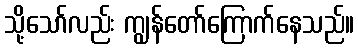
သို့သော်လည်း ကျွန်တော်ကြောက်နေသည်။